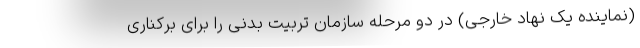
(نماینده یک نهاد خارجی) در دو مرحله سازمان تربیت بدنی را برای برکناری